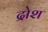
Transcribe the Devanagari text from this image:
द्रोश